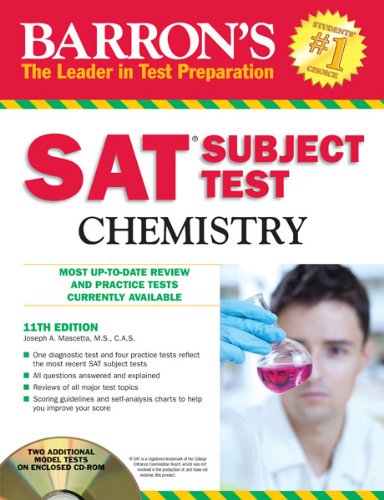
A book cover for Barron's SAT Subject Test Chemistry with CD-ROM, 11th Edition (Barron's SAT Subject Test Chemistry (W/CD)); Joseph A. Mascetta M.S.; Test Preparation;